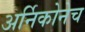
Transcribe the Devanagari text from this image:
अर्निकोनेच